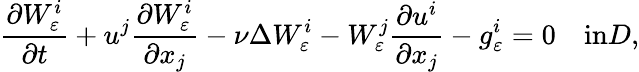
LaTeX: \frac{\partial W_{\varepsilon}^{i}}{\partial t}+u^{j}\frac{\partial W_{\varepsilon}^{i}}{\partial x_{j}}-\nu\Delta W_{\varepsilon}^{i}-W_{\varepsilon}^{j}\frac{\partial u^{i}}{\partial x_{j}}-g_{\varepsilon}^{i}=0\quad\textrm{in}D,